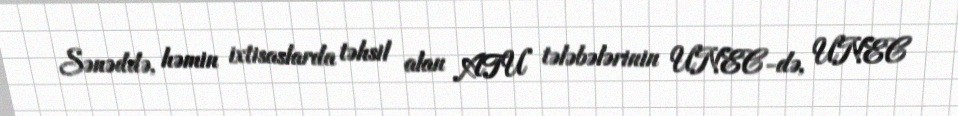
Sənəddə, həmin ixtisaslarda təhsil alan ATU tələbələrinin UNEC-də, UNEC